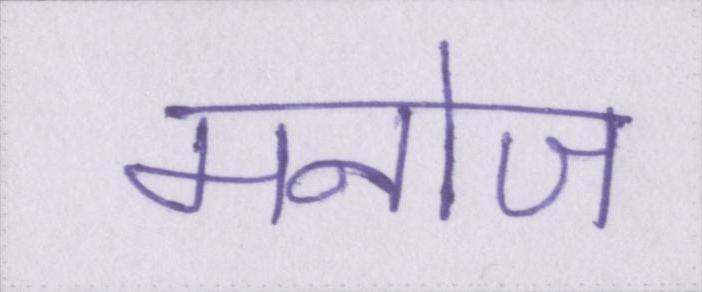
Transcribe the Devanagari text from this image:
मनोज